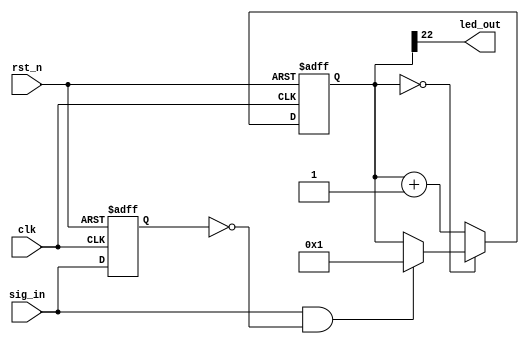
module ActivityLED(
		clk,
		rst_n,
		sig_in,
		led_out
	);
	input clk;
	input rst_n;
	input sig_in;
	output led_out;
	reg prevSigIn;
	reg [23:0] ledCounter;
	assign led_out = ledCounter[22];
	always @(posedge clk  or negedge rst_n) begin
		if(!rst_n) begin
			prevSigIn <= 'b0;
			ledCounter <= 'h0;
		end
		else begin
			prevSigIn <= sig_in;
			if(!ledCounter) begin
				if(sig_in && !prevSigIn) begin
					ledCounter <= 'h1;
				end
			end
			else begin
				ledCounter <= ledCounter + 'h1;
			end
		end
	end
endmodule